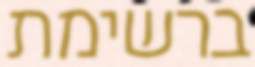
ברשימת